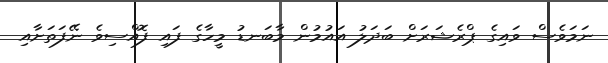
ނަމަވެސް ވައިގެ ޕްރެޝަރަށް ބަދަލު އައުމުން މާބަނޑު މީހާގެ ފައި ފޮއްސިވެ ނޭފަތަށާއި